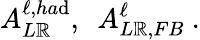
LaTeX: A_{L\mathbb{R}}^{\ell,ha\mathrm{d}},\ \ A_{L\mathbb{R},FB}^{\ell}\ .